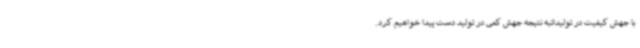
با جهش کیفیت در تولیداتبه نتیجه جهش کمی در تولید دست پیدا خواهیم کرد.